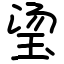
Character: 𬍡